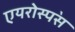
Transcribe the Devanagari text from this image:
एयरोस्प॓स